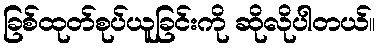
ခြစ်ထုတ်စုပ်ယူခြင်းကို ဆိုလိုပါတယ်။